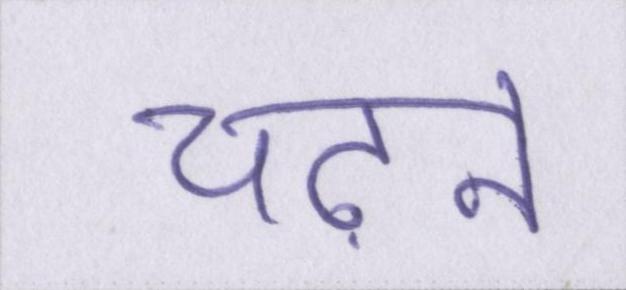
चढ़ने